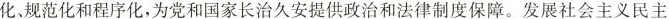
化、规范化和程序化，为党和国家长治久安提供政治和法律制度保障。发展社会主义民主